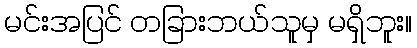
မင်းအပြင် တခြားဘယ်သူမှ မရှိဘူး။